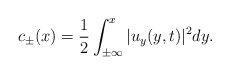
\begin{align*}c_\pm(x)=\frac{1}{2}\int_{\pm\infty}^x|u_y(y,t)|^2dy. \end{align*}